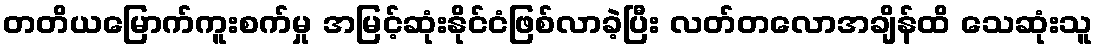
တတိယမြောက်ကူးစက်မှု အမြင့်ဆုံးနိုင်ငံဖြစ်လာခဲ့ပြီး လတ်တလောအချိန်ထိ သေဆုံးသူ